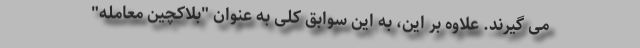
می گیرند. علاوه بر این، به این سوابق کلی به عنوان "بلاکچین معامله"